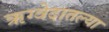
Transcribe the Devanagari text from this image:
ऋग्वेदातल्या